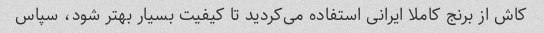
کاش از برنج کاملا ایرانی استفاده می‌کردید تا کیفیت بسیار بهتر شود، سپاس